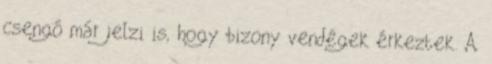
csengő már jelzi is, hogy bizony vendégek érkeztek. A